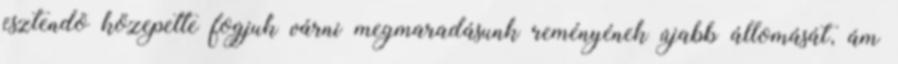
esztendõ közepette fogjuk várni megmaradásunk reményének újabb állomását, ám